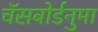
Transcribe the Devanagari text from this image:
चॅसबोर्डनुमा